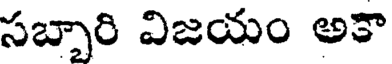
సబ్బారి విజయం అకా